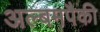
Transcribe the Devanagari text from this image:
अल्बमपैकी